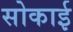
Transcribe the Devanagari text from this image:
सोकाई